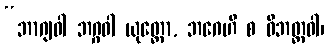
“ဘာဂျဝါ ဘဂ္ဂဝါ ယုတ္တော, ဘဂေဟိ စ ဝိဘတ္တဝါ၊